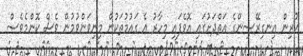
ކުރިން އިނގިރޭސިންގެ އަތްދަށުގައި އޮވެފައި މިހާރު އެ ގައުމުތަކުން މިނިވަންވުމުން ވެސް ކޮންމެވެސް